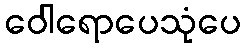
ဝေါရောပေသုံပေ